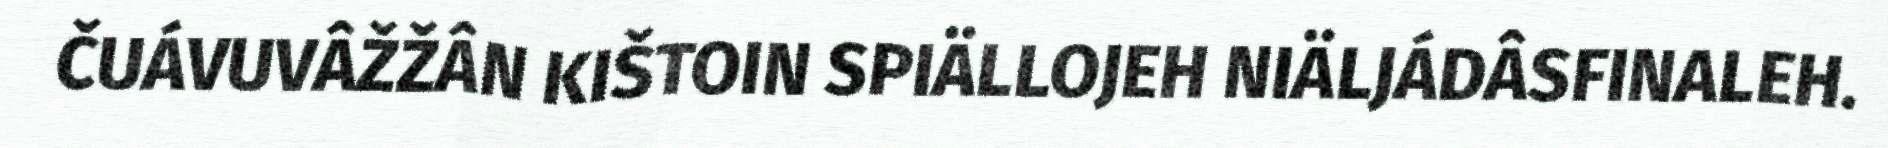
ČUÁVUVÂŽŽÂN KIŠTOIN SPIÄLLOJEH NIÄLJÁDÂSFINALEH.